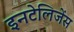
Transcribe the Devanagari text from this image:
इनटेलिजेंस